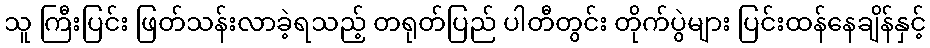
သူ ကြီးပြင်း ဖြတ်သန်းလာခဲ့ရသည့် တရုတ်ပြည် ပါတီတွင်း တိုက်ပွဲများ ပြင်းထန်နေချိန်နှင့်